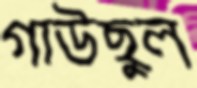
গাউছুল